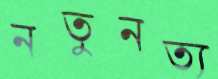
নতুনত্য